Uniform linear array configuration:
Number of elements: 12
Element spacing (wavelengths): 1
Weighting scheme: kaiser
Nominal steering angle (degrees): -30
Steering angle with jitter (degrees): -29.062
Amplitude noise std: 0.05
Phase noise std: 0.05

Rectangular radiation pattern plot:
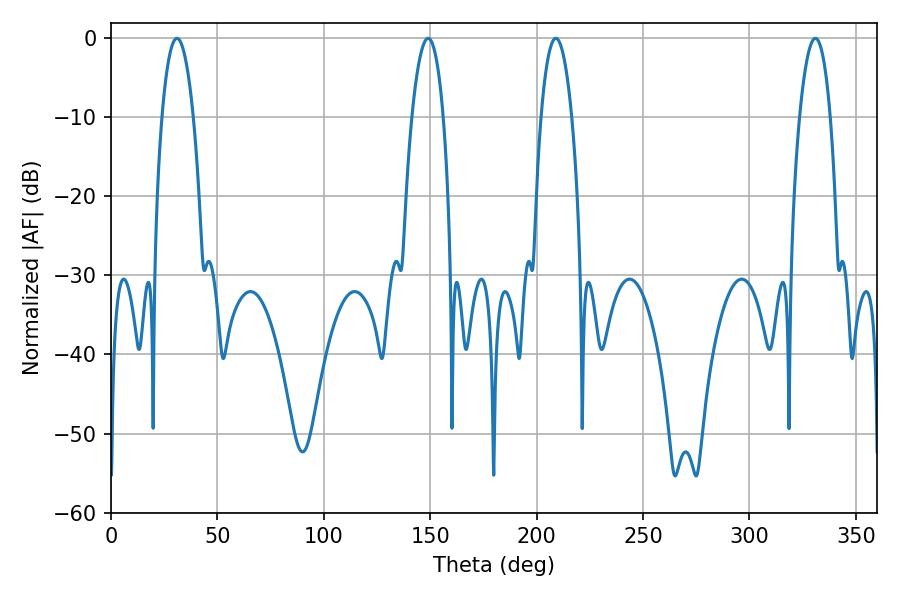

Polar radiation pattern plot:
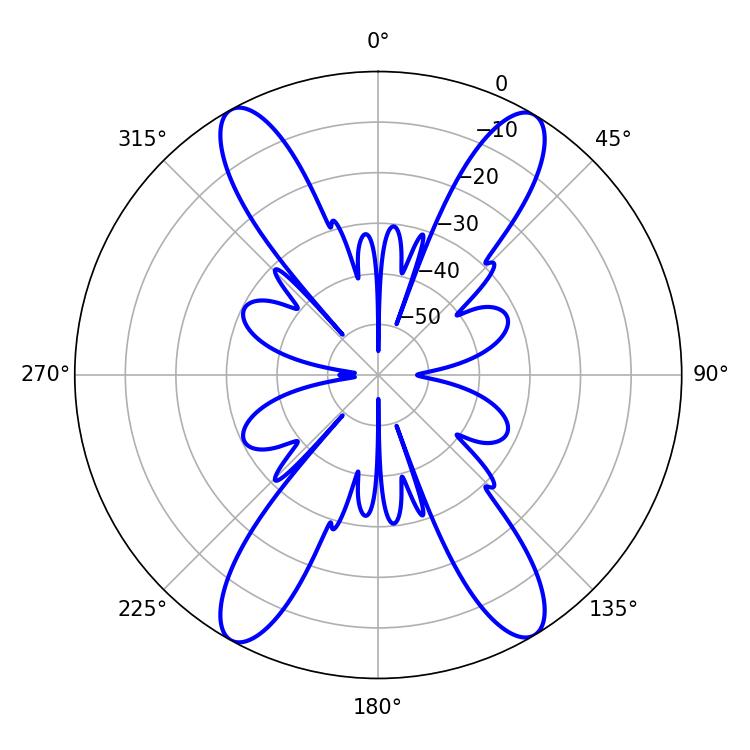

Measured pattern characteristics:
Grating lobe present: TRUE
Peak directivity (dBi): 22.139
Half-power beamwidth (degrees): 8.1
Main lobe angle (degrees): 30.96